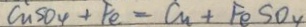
C u S O _ { 4 } + F e = C u + F e S O _ { 4 }